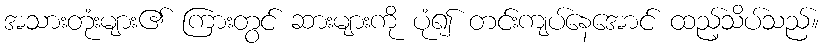
အသားတုံးများ၏ ကြားတွင် ဆားများကို ပုံ၍ တင်းကျပ်နေအောင် ထည့်သိပ်သည်။